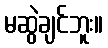
မဆွဲချင်ဘူး။